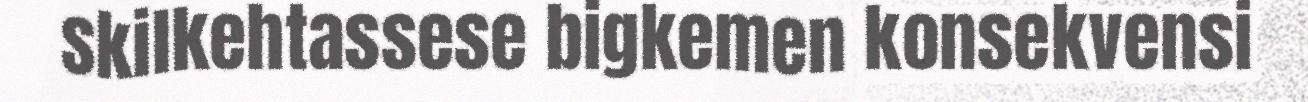
skilkehtassese bigkemen konsekvensi